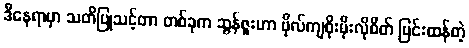
ဒီနေရာမှာ သတိပြုသင့်တာ တစ်ခုက ဆွန်ဇူးဟာ ဗိုလ်ကျစိုးမိုးလိုစိတ် ပြင်းထန်တဲ့